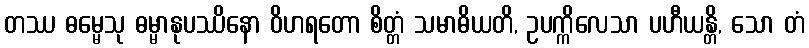
တဿ ဓမ္မေသု ဓမ္မာနုပဿိနော ဝိဟရတော စိတ္တံ သမာဓိယတိ, ဥပက္ကိလေသာ ပဟီယန္တိ, သော တံ